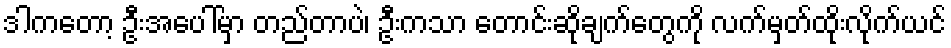
ဒါကတော့ ဦးအပေါ်မှာ တည်တာပဲ၊ ဦးကသာ တောင်းဆိုချက်တွေကို လက်မှတ်ထိုးလိုက်ယင်